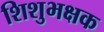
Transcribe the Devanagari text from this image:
शिशुभक्षक